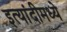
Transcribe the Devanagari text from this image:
इत्यांदीमध्ये